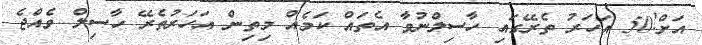
އަށް!50 އަހަރު ތެރޭގައި ހާސިލްނުވާ އެތައް ކަމެއް މިތިން އަހަރުތެރޭ ހާސިލް ވެއްޖެ